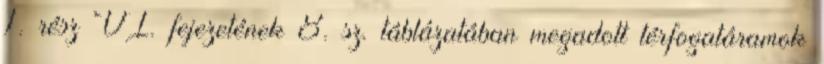
1. rész VI. fejezetének 8. sz. táblázatában megadott térfogatáramok